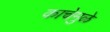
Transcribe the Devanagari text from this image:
काचेमुळे